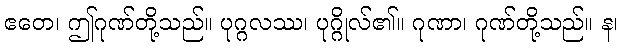
ဧတေ၊ ဤဂုဏ်တို့သည်။ ပုဂ္ဂလဿ၊ ပုဂ္ဂိုလ်၏။ ဂုဏာ၊ ဂုဏ်တို့သည်။ န၊